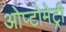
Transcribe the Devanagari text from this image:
ओप्टोमेट्री